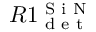
R 1 _ { \textrm { d e t } } ^ { \textrm { S i N } }